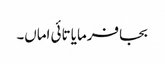
بجا فرمایا تائی اماں۔